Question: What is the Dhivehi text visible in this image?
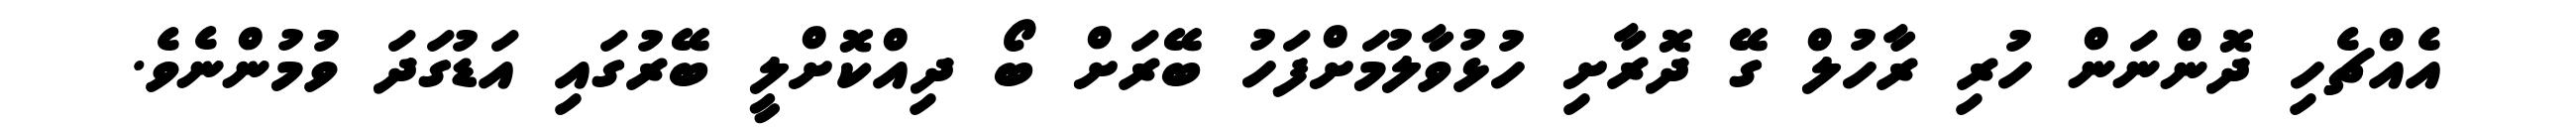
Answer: އެއްޗެހި ދޮންނަން ހުރި ރާހުލް ގޭ ދޮރާށި ހުޅުވާލުމަށްފަހު ބޭރަށް ބޯ ދިއްކޮށްލީ ބޭރުގައި އަޑުގަދަ ވުމުންނެވެ.